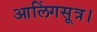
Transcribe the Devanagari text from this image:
आलिंगसूत्र।